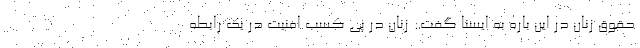
حقوق زنان در این باره به ایسنا گفت: زنان در پی کسب امنیت در یک رابطه